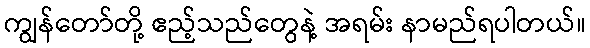
ကျွန်တော်တို့ ဧည့်သည်တွေနဲ့ အရမ်း နာမည်ရပါတယ်။